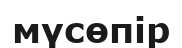
мүсөпір